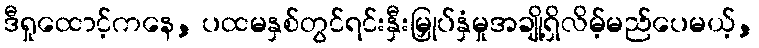
ဒီရှုထောင့်ကနေ, ပထမနှစ်တွင်ရင်းနှီးမြှုပ်နှံမှုအချို့ရှိလိမ့်မည်ပေမယ့်,